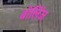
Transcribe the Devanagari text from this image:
बोलिंज